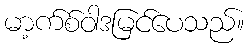
မာ့က်စ်ဝါဒမြင်ပေသည်။